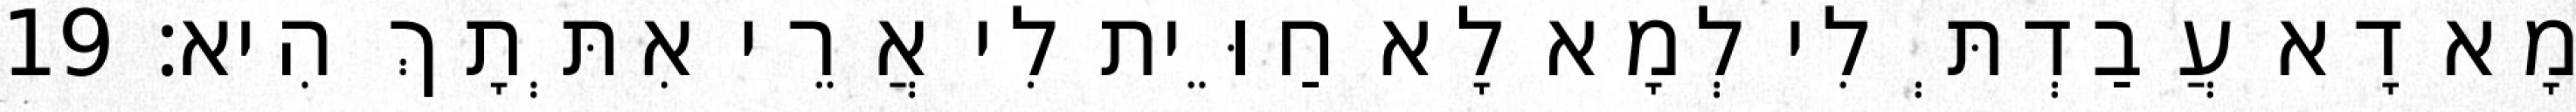
מָא דָא עֲבַדְתְּ לִי לְמָא לָא חַוֵּית לִי אֲרֵי אִתְּתָךְ הִיא׃ 19